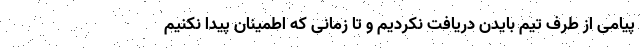
پیامی از طرف تیم بایدن دریافت نکردیم و تا زمانی که اطمینان پیدا نکنیم